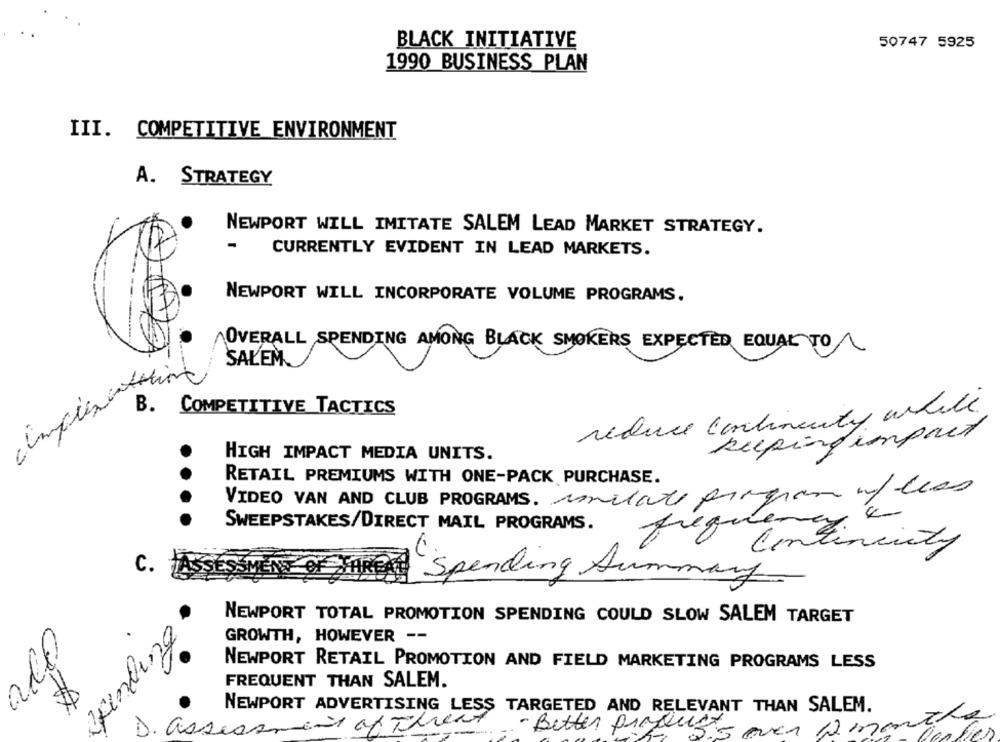
BLACK INITIATIVE
50747 5925
1990 BUSINESS PLAN
III. COMPETITIVE ENVIRONMENT
A. STRATEGY
NEWPORT WILL IMITATE SALEM LEAD MARKET STRATEGY.
-
CURRENTLY EVIDENT IN LEAD MARKETS.
NEWPORT WILL INCORPORATE VOLUME PROGRAMS.
OVERALL SPENDING AMONG BLACK SMOKERS EXPECTED EQUAL TO
SALEM
B. COMPETITIVE TACTICS
reduce continenty while
keepingimpact
HIGH IMPACT MEDIA UNITS.
RETAIL PREMIUMS WITH ONE-PACK PURCHASE.
VIDEO VAN AND CLUB PROGRAMS. conilate program of less
SWEEPSTAKES/DIRECT MAIL PROGRAMS.
c.
Spending Summary
.
NEWPORT TOTAL PROMOTION SPENDING COULD SLOW SALEM TARGET
finding
GROWTH, HOWEVER --
NEWPORT RETAIL PROMOTION AND FIELD MARKETING PROGRAMS LESS
FREQUENT THAN SALEM.
020
NEWPORT ADVERTISING LESS TARGETED AND RELEVANT THAN SALEM.
ass
ment of Thread
Better product
20
5 over 12 m
lies